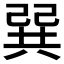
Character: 𢁉